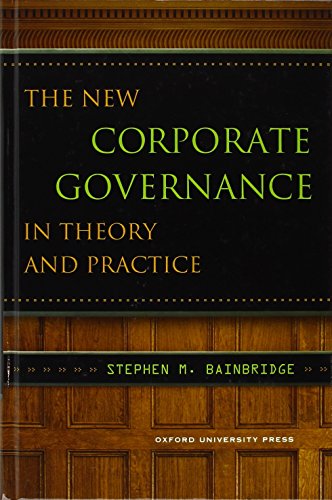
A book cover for The New Corporate Governance in Theory and Practice; Stephen Bainbridge; Law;